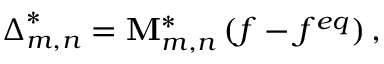
{ \boldsymbol { \Delta } } _ { m , n } ^ { * } = { \bf { M } } _ { m , n } ^ { * } \left( { f - { f ^ { e q } } } \right) ,